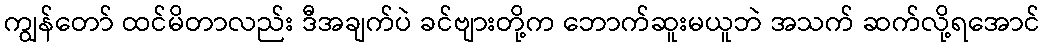
ကျွန်တော် ထင်မိတာလည်း ဒီအချက်ပဲ ခင်ဗျားတို့က ဘောက်ဆူးမယူဘဲ အသက် ဆက်လို့ရအောင်